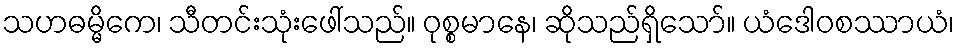
သဟဓမ္မိကေ၊ သီတင်းသုံးဖေါ်သည်။ ဝုစ္စမာနေ၊ ဆိုသည်ရှိသော်။ ယံဒေါဝစဿာယံ၊